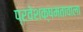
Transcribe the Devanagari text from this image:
प्रवेशक्षमतावाला